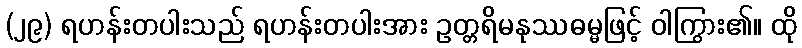
(၂၉) ရဟန်းတပါးသည် ရဟန်းတပါးအား ဥတ္တရိမနုဿဓမ္မဖြင့် ဝါကြွား၏။ ထို